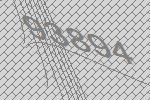
93894